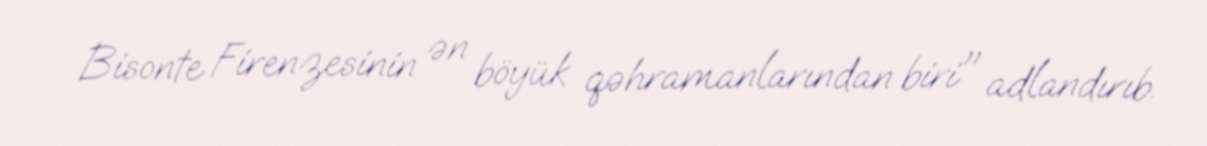
Bisonte Firenzesinin ən böyük qəhramanlarından biri" adlandırıb.